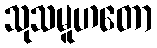
သုသမူဟတော